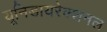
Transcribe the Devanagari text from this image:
यूनिडायरेक्शनल